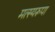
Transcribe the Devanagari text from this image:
मत्स्यरूपा